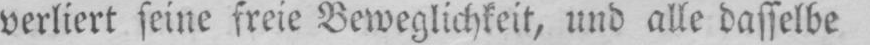
verliert seine freie Beweglichkeit, und alle dasselbe